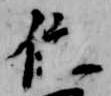
位